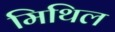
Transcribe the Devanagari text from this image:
मिथिल